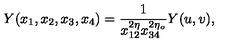
Y ( x _ { 1 } , x _ { 2 } , x _ { 3 } , x _ { 4 } ) = \frac { 1 } { x _ { 1 2 } ^ { 2 \eta } x _ { 3 4 } ^ { 2 \eta _ { o } } } Y ( u , v ) ,